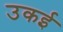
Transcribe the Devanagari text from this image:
उकई